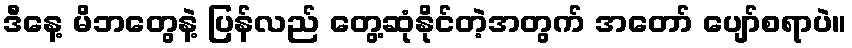
ဒီနေ့ မိဘတွေနဲ့ ပြန်လည် တွေ့ဆုံနိုင်တဲ့အတွက် အတော် ပျော်စရာပဲ။